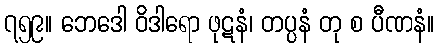
၇၅၉။ ဘေဒေါ ဝိဒါရော ဖုဋနံ၊ တပ္ပနံ တု စ ပီဏနံ။